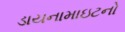
ડાયનામાઇટનો